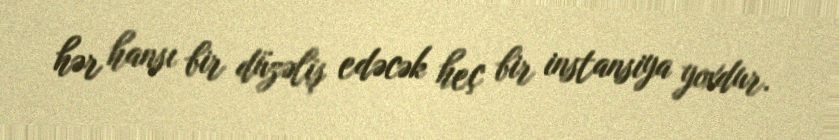
hər hansı bir düzəliş edəcək heç bir instansiya yoxdur.